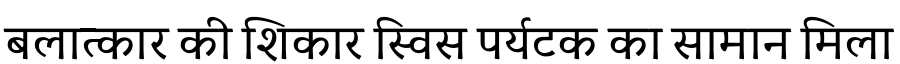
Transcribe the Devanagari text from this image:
बलात्कार की शिकार स्विस पर्यटक का सामान मिला